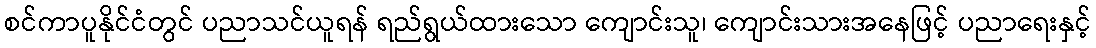
စင်ကာပူနိုင်ငံတွင် ပညာသင်ယူရန် ရည်ရွယ်ထားသော ကျောင်းသူ၊ ကျောင်းသားအနေဖြင့် ပညာရေးနှင့်